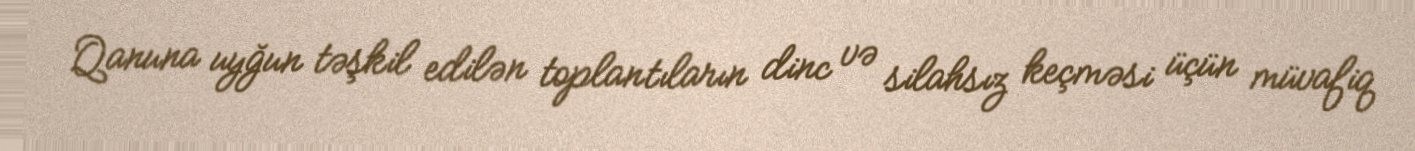
Qanuna uyğun təşkil edilən toplantıların dinc və silahsız keçməsi üçün müvafiq